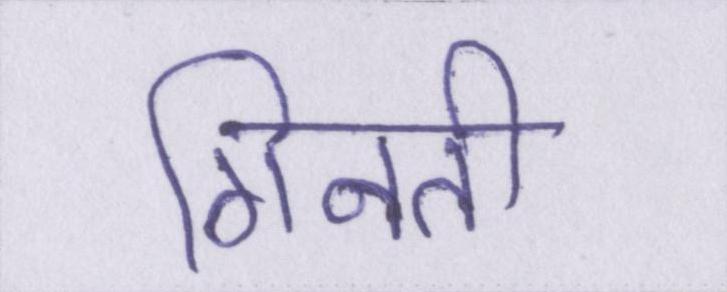
गिनती